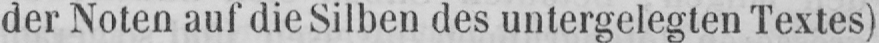
der Noten auf die Silben des untergelegten Textes)